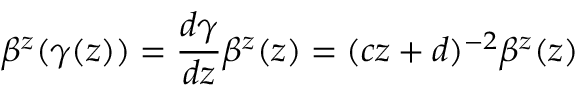
\beta ^ { z } ( \gamma ( z ) ) = \frac { d \gamma } { d z } \beta ^ { z } ( z ) = ( c z + d ) ^ { - 2 } \beta ^ { z } ( z )